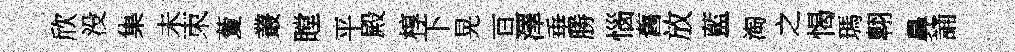
欣没集未朿藑叢瞠平殿椁下晃亘澤垂勝惱舊放藍淘之愒瑪翺鼻誦